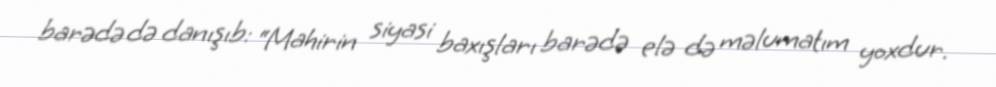
barədə də danışıb: “Mahirin siyasi baxışları barədə elə də məlumatım yoxdur.